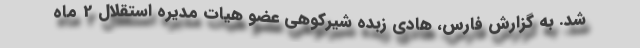
شد. به گزارش فارس، هادی زبده شیرکوهی عضو هیات مدیره استقلال 2 ماه